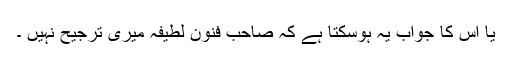
یا اس كا جواب یہ ہوسكتا ہے كہ صاحب فنونِ لطیفہ میری ترجیح نہیں ۔